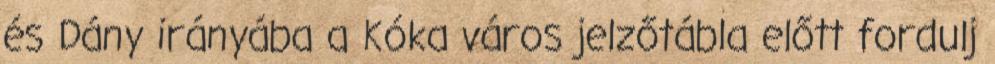
és Dány irányába a Kóka város jelzőtábla előtt fordulj